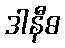
ဒါနီဓ